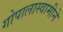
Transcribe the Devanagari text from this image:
गोपालास्वामीने